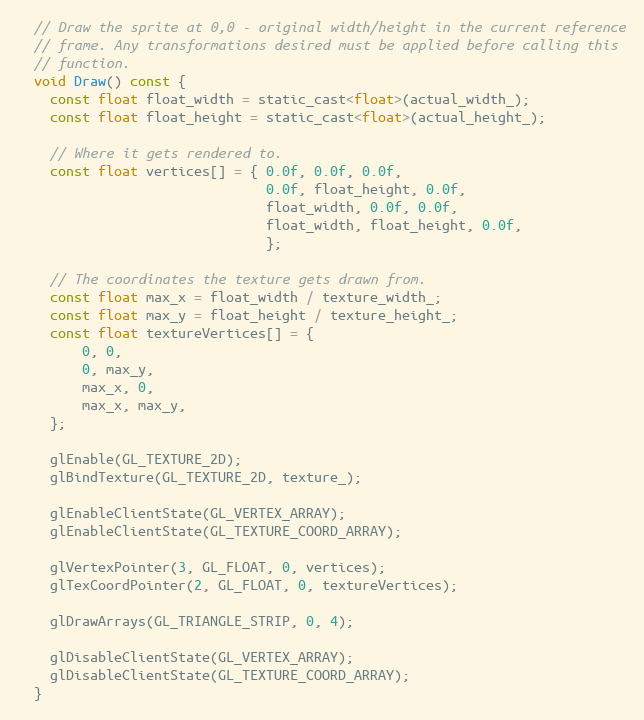
Language: C
  // Draw the sprite at 0,0 - original width/height in the current reference
  // frame. Any transformations desired must be applied before calling this
  // function.
  void Draw() const {
    const float float_width = static_cast<float>(actual_width_);
    const float float_height = static_cast<float>(actual_height_);

    // Where it gets rendered to.
    const float vertices[] = { 0.0f, 0.0f, 0.0f,
                               0.0f, float_height, 0.0f,
                               float_width, 0.0f, 0.0f,
                               float_width, float_height, 0.0f,
                               };

    // The coordinates the texture gets drawn from.
    const float max_x = float_width / texture_width_;
    const float max_y = float_height / texture_height_;
    const float textureVertices[] = {
        0, 0,
        0, max_y,
        max_x, 0,
        max_x, max_y,
    };

    glEnable(GL_TEXTURE_2D);
    glBindTexture(GL_TEXTURE_2D, texture_);

    glEnableClientState(GL_VERTEX_ARRAY);
    glEnableClientState(GL_TEXTURE_COORD_ARRAY);

    glVertexPointer(3, GL_FLOAT, 0, vertices);
    glTexCoordPointer(2, GL_FLOAT, 0, textureVertices);

    glDrawArrays(GL_TRIANGLE_STRIP, 0, 4);

    glDisableClientState(GL_VERTEX_ARRAY);
    glDisableClientState(GL_TEXTURE_COORD_ARRAY);
  }